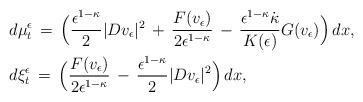
LaTeX: \begin{align*}& d\mu_t^\epsilon\,=\,\Bigl(\frac{\epsilon^{1-\kappa}}2\vert Dv_\epsilon\vert^2\,+\,\frac{F(v_\epsilon)}{2\epsilon^{1-\kappa}}\,-\,\frac{\epsilon^{1-\kappa}\dot\kappa}{K(\epsilon)}G(v_\epsilon)\Bigr)\,dx,\\& d\xi_t^\epsilon\,=\,\Bigl(\frac{F(v_\epsilon)}{2\epsilon^{1-\kappa}}\,-\,\frac{\epsilon^{1-\kappa}}2\vert Dv_\epsilon\vert^2\Bigr)\, dx,\end{align*}